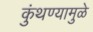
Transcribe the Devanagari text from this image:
कुंथण्यामुळे